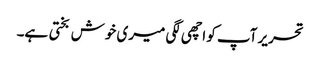
تحریر آپ کو اچھی لگی میری خوش بختی ہے۔